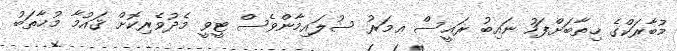
މުބާރަކްގެ ޚިތާބަށްފަހު ނައިބު ރައީސް ޢމަރު ސުލައިމާންވެސް ޓީވީ މެދުވެރިކޮށް ޤައުމާ މުޚާތަބު